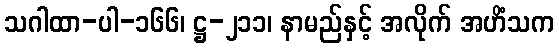
သဂါထာ-ပါ-၁၆၆၊ ဋ္ဌ-၂၁၁၊ နာမည်နှင့် အလိုက် အဟိံသက